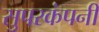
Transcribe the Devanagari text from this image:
सुपरकंपनी